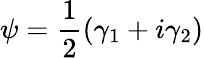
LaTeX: \psi=\frac{1}{2}(\gamma_{1}+i\gamma_{2})